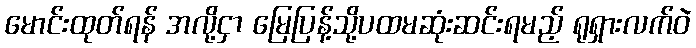
မောင်းထုတ်ရန် အလို့ငှာ မြေပြန့်သို့ပထမဆုံးဆင်းရမည့် ရုရှားလက်ဝဲ